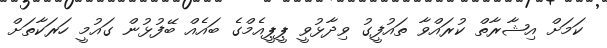
ކަމަށް އިޝާރާތް ކުރައްވާ ތައުފީގު ވިދާޅުވީ ޕީޕީއެމްގެ ބައެއް ބޭފުޅުން ގައުމީ ހަރަކާތަށް